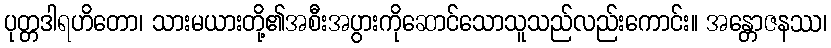
ပုတ္တဒါရဟိတော၊ သားမယားတို့၏အစီးအပွားကိုဆောင်သောသူသည်လည်းကောင်း။ အန္တောဇနဿ၊